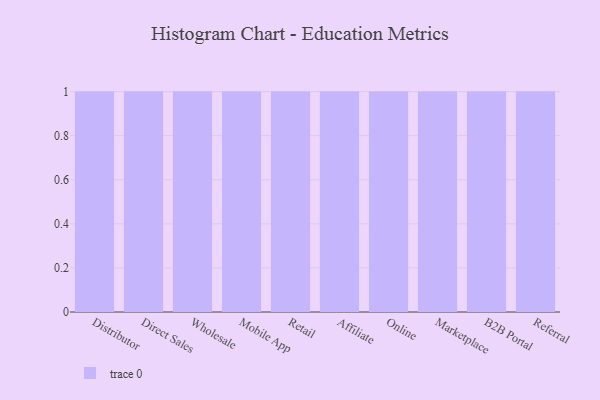
{"axis": {"x": "Channel", "y": "Revenue (USD Million)"}, "legend": [""], "data": [{"x": "Distributor", "y": 94, "type": ""}, {"x": "Direct Sales", "y": 73, "type": ""}, {"x": "Wholesale", "y": 17, "type": ""}, {"x": "Mobile App", "y": 27, "type": ""}, {"x": "Retail", "y": 76, "type": ""}, {"x": "Affiliate", "y": 82, "type": ""}, {"x": "Online", "y": 87, "type": ""}, {"x": "Marketplace", "y": 5, "type": ""}, {"x": "B2B Portal", "y": 47, "type": ""}, {"x": "Referral", "y": 12, "type": ""}]}